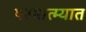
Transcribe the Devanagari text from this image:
परमात्म्यात